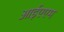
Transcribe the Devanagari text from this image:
आईएएम